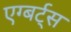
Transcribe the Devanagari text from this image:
एग्बर्ट्स